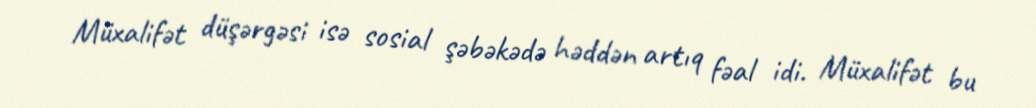
Müxalifət düşərgəsi isə sosial şəbəkədə həddən artıq fəal idi. Müxalifət bu